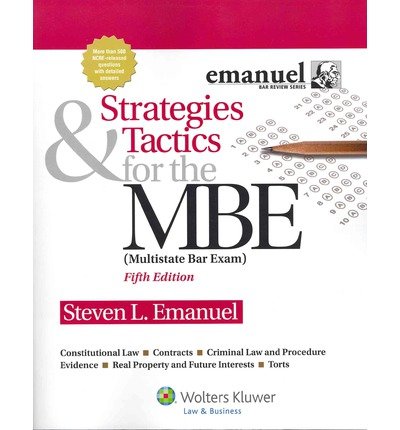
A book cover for Strategies & Tactics for the MBE, 5th Edition (Emanuel Bar Review) (Paperback) - Common; By (author) Steven Emanuel; Test Preparation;